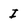
Character: I